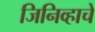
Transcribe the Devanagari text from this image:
जिनिव्हाचे